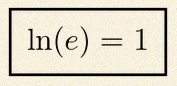
\ln(e)=1